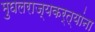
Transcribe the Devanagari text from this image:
मुघलराज्यकर्त्यांना